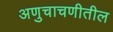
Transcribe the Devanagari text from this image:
अणुचाचणीतील